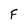
Character: F